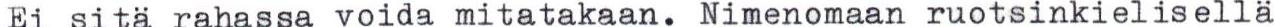
Ei sita rahassa voida mitatakaan. Nimenomaan ruotsinkielisellä